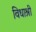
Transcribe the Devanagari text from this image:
विधाश्री